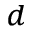
^ d